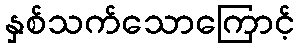
နှစ်သက်သောကြောင့်